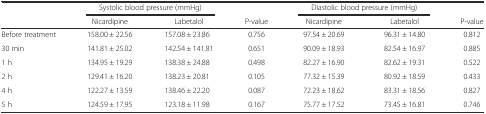
<table><thead><tr><td rowspan="2"></td><td colspan="2"><b>Systolic blood pressure (mmHg)</b></td><td></td><td colspan="2"><b>Diastolic blood pressure (mmHg)</b></td><td></td></tr><tr><td><b>Nicardipine</b></td><td><b>Labetalol</b></td><td><b>P-value</b></td><td><b>Nicardipine</b></td><td><b>Labetalol</b></td><td><b>P-value</b></td></tr></thead><tbody><tr><td>Before treatment</td><td>158.00 ± 22.56</td><td>157.08 ± 23.86</td><td>0.756</td><td>97.54 ± 20.69</td><td>96.31 ± 14.80</td><td>0.812</td></tr><tr><td>30 min</td><td>141.81 ± 25.02</td><td>142.54 ± 141.81</td><td>0.651</td><td>90.09 ± 18.93</td><td>82.54 ± 16.97</td><td>0.885</td></tr><tr><td>1 h</td><td>134.95 ± 19.29</td><td>138.38 ± 24.88</td><td>0.498</td><td>82.27 ± 16.90</td><td>82.62 ± 19.31</td><td>0.522</td></tr><tr><td>2 h</td><td>129.41 ± 16.20</td><td>138.23 ± 20.81</td><td>0.105</td><td>77.32 ± 15.39</td><td>80.92 ± 18.59</td><td>0.433</td></tr><tr><td>4 h</td><td>122.27 ± 13.59</td><td>138.46 ± 22.20</td><td>0.087</td><td>72.23 ± 18.62</td><td>83.31 ± 18.56</td><td>0.827</td></tr><tr><td>5 h</td><td>124.59 ± 17.95</td><td>123.18 ± 11.98</td><td>0.167</td><td>75.77 ± 17.52</td><td>73.45 ± 16.81</td><td>0.746</td></tr></tbody></table>